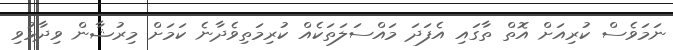
ނަމަވެސް ކުރިއަށް އޮތް ތާގައި އެފަދަ މައްސަލަތަކެއް ކުރިމަތިވެދާނެ ކަމަށް މިރުޝާން ވިދާޅުވި